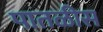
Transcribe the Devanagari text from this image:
पातळीस